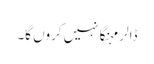
ڈالر مہنگا نہیں کروں گا۔